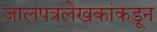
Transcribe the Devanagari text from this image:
जालपत्रलेखकांकडून